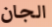
الجان